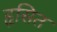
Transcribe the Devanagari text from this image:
हृसित